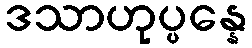
ဒသာဟုပ္ပန္နေ